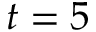
t = 5